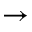
\to